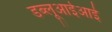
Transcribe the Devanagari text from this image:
डब्लूआईआई